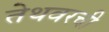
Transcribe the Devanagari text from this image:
तेथवरची